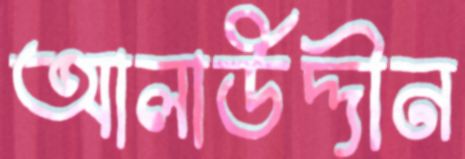
আলাউদ্দীন